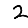
Digit: 2